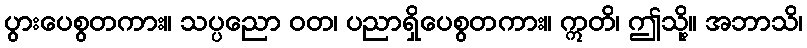
ပွားပေစွတကား။ သပ္ပညော ဝတ၊ ပညာရှိပေစွတကား။ ဣတိ၊ ဤသို့။ အဘာသိ၊